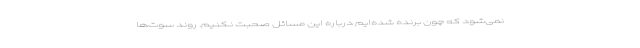
نمی‌شود که چون برنده شده‌ایم درباره این مسائل صحبت نکنیم. روند سوت‌ها